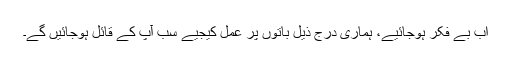
اب بے فکر ہوجائیے، ہماری درج ذیل باتوں پر عمل کیجیے سب آپ کے قائل ہوجائیں گے۔